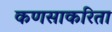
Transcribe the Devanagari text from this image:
कणसाकरिता